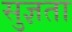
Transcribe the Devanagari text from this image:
सुज्ञता